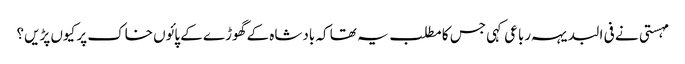
مہستی نے فی البدیہہ رباعی کہی جس کا مطلب یہ تھا کہ بادشاہ کے گھوڑے کے پائوں خاک پر کیوں پڑیں؟